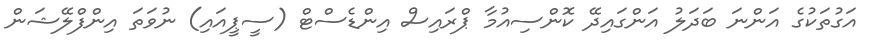
އަގުތަކުގެ އަންނަ ބަދަލު އަންގައިދޭ ކޮންސިއުމާ ޕްރައިސް އިންޑެސްޓް (ސީޕީއައި) ނުވަތަ އިންފްލޭޝަން